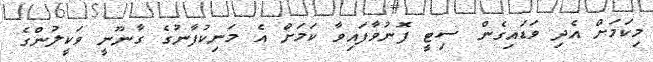
މިކަމަށް އެދި ވަޑައިގެން ސިޓީ ފޮނުވާފައިވާ ކަމަށް އެ މަނިކުފާނުގެ ގާނޫނީ ވަކީލުންގެ